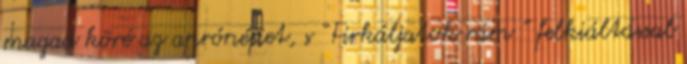
magad köré az aprónépet, s “Firkáljatok rám ” felkiáltással